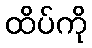
ထိပ်ကို